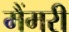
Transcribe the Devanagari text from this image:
मैंमरी